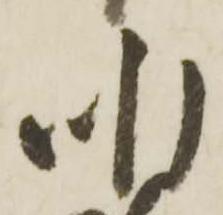
昨